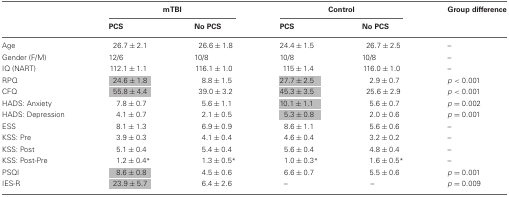
|  | <COLSPAN=2> mTBI | <COLSPAN=2> Control | Group difference |
 |  | PCS | No PCS | PCS | No PCS |  |
 | --- | --- | --- | --- | --- | --- |
 | Age | 26.7 ± 2.1 | 26.6 ± 1.8 | 24.4 ± 1.5 | 26.7 ± 2.5 | – |
 | Gender (F/M) | 12/6 | 10/8 | 10/8 | 10/8 | – |
 | IQ (NART) | 112.1 ± 1.1 | 116.1 ± 1.0 | 115 ± 1.4 | 116.0 ± 1.0 | – |
 | RPQ | 24.6 ± 1.8 | 8.8 ± 1.5 | 27.7 ± 2.5 | 2.9 ± 0.7 | p < 0.001 |
 | CFQ | 55.8 ± 4.4 | 39.0 ± 3.2 | 45.3 ± 3.5 | 25.6 ± 2.9 | p < 0.001 |
 | HADS: Anxiety | 7.8 ± 0.7 | 5.6 ± 1.1 | 10.1 ± 1.1 | 5.6 ± 0.7 | p = 0.002 |
 | HADS: Depression | 4.1 ± 0.7 | 2.1 ± 0.5 | 5.3 ± 0.8 | 2.0 ± 0.6 | p = 0.001 |
 | ESS | 8.1 ± 1.3 | 6.9 ± 0.9 | 8.6 ± 1.1 | 5.6 ± 0.6 | – |
 | KSS: Pre | 3.9 ± 0.3 | 4.1 ± 0.4 | 4.6 ± 0.4 | 3.2 ± 0.2 | – |
 | KSS: Post | 5.1 ± 0.4 | 5.4 ± 0.4 | 5.6 ± 0.4 | 4.8 ± 0.4 | – |
 | KSS: Post-Pre | 1.2 ± 0.4* | 1.3 ± 0.5* | 1.0 ± 0.3* | 1.6 ± 0.5* | – |
 | PSQI | 8.6 ± 0.8 | 4.5 ± 0.6 | 6.6 ± 0.7 | 5.5 ± 0.6 | p = 0.001 |
 | IES-R | 23.9 ± 5.7 | 6.4 ± 2.6 | – | – | p = 0.009 |